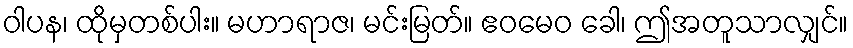
ဝါပန၊ ထိုမှတစ်ပါး။ မဟာရာဇ၊ မင်းမြတ်။ ဧဝမေဝ ခေါ၊ ဤအတူသာလျှင်။